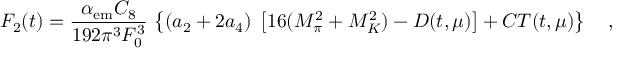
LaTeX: F _ { 2 } ( t ) = \frac { \alpha _ { \mathrm { e m } } C _ { 8 } } { 1 9 2 \pi ^ { 3 } F _ { 0 } ^ { 3 } } \, \left\{ ( a _ { 2 } + 2 a _ { 4 } ) \; \left[ 1 6 ( M _ { \pi } ^ { 2 } + M _ { K } ^ { 2 } ) - D ( t , \mu ) \right] + C T ( t , \mu ) \right\} ~ ~ ~ ,